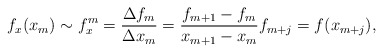
\begin{align*}f_x(x_{m}) \sim f^m_x = \frac{\Delta f_m}{\Delta x_m} = \frac{f_{m+1} - f_m}{x_{m+1} - x_m}f_{m+j}=f(x_{m+j}),\end{align*}